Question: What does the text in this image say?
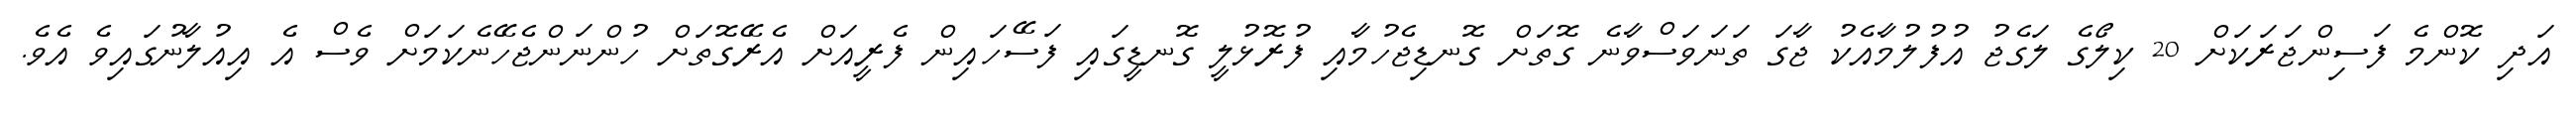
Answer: އަދި ކޮންމެ ފަސިންޖަރަކަށް 20 ކިލޯގެ ލަގެޖު އުފުލުމާއެކު ޖާގަ ތަނަވަސްވާނެ ގޮތަށް ގޮނޑިޖެހުމާއި ފުރޮޅުލީ ގޮނޑީގައި ފަސޭހައިން ފެރީއަށް އެރޭގޮތަށް ހުންނަންޖެހޭނެކަމަށް ވެސް އެ އިއުލާނުގައިވެ އެވެ.